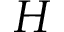
H